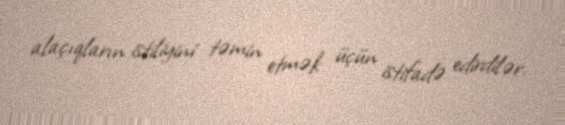
alaçıqların istiliyini təmin etmək üçün istifadə edirdilər.